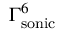
\Gamma _ { \mathrm { s o n i c } } ^ { 6 }